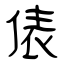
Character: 俵